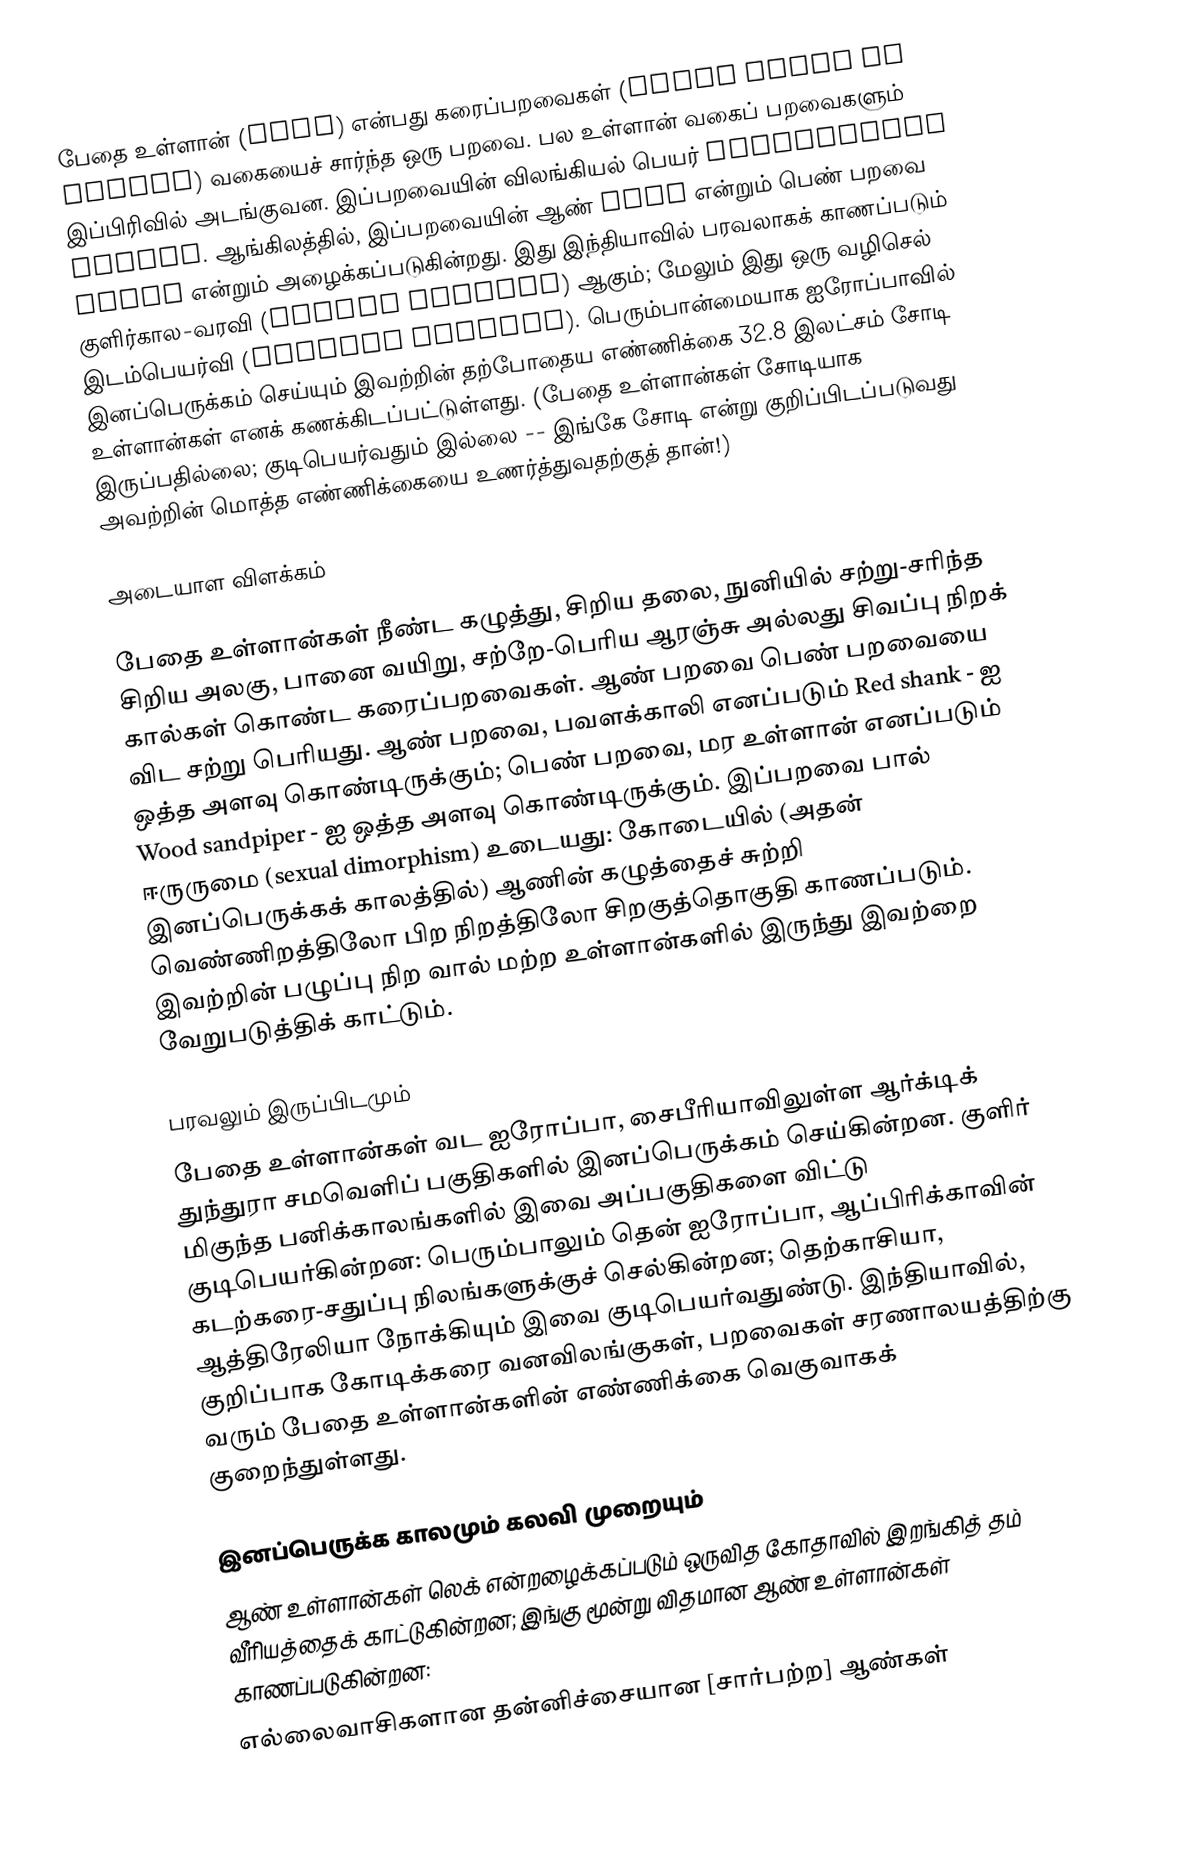
பேதை உள்ளான் (Ruff) என்பது கரைப்பறவைகள் (shore birds or waders) வகையைச் சார்ந்த ஒரு பறவை. பல உள்ளான் வகைப் பறவைகளும் இப்பிரிவில் அடங்குவன. இப்பறவையின் விலங்கியல் பெயர் Philomachus pugnax. ஆங்கிலத்தில், இப்பறவையின் ஆண் Ruff என்றும் பெண் பறவை Reeve என்றும் அழைக்கப்படுகின்றது. இது இந்தியாவில் பரவலாகக் காணப்படும் குளிர்கால-வரவி (winter visitor) ஆகும்; மேலும் இது ஒரு வழிசெல் இடம்பெயர்வி (passage migrant). பெரும்பான்மையாக ஐரோப்பாவில் இனப்பெருக்கம் செய்யும் இவற்றின் தற்போதைய எண்ணிக்கை 32.8 இலட்சம் சோடி உள்ளான்கள் எனக் கணக்கிடப்பட்டுள்ளது. (பேதை உள்ளான்கள் சோடியாக இருப்பதில்லை; குடிபெயர்வதும் இல்லை -- இங்கே சோடி என்று குறிப்பிடப்படுவது அவற்றின் மொத்த எண்ணிக்கையை உணர்த்துவதற்குத் தான்!)

அடையாள விளக்கம்

பேதை உள்ளான்கள் நீண்ட கழுத்து, சிறிய தலை, நுனியில் சற்று-சரிந்த சிறிய அலகு,  பானை வயிறு, சற்றே-பெரிய ஆரஞ்சு அல்லது சிவப்பு நிறக் கால்கள் கொண்ட கரைப்பறவைகள். ஆண் பறவை பெண் பறவையை விட சற்று பெரியது. ஆண் பறவை, பவளக்காலி எனப்படும் Red shank - ஐ ஒத்த அளவு கொண்டிருக்கும்; பெண் பறவை, மர உள்ளான் எனப்படும் Wood sandpiper - ஐ ஒத்த அளவு கொண்டிருக்கும். இப்பறவை பால் ஈருருமை (sexual dimorphism) உடையது: கோடையில் (அதன் இனப்பெருக்கக் காலத்தில்) ஆணின் கழுத்தைச் சுற்றி வெண்ணிறத்திலோ பிற நிறத்திலோ சிறகுத்தொகுதி காணப்படும். இவற்றின் பழுப்பு நிற வால் மற்ற உள்ளான்களில் இருந்து இவற்றை வேறுபடுத்திக் காட்டும்.

பரவலும் இருப்பிடமும்
பேதை உள்ளான்கள் வட ஐரோப்பா, சைபீரியாவிலுள்ள ஆர்க்டிக் துந்துரா சமவெளிப் பகுதிகளில் இனப்பெருக்கம் செய்கின்றன. குளிர் மிகுந்த பனிக்காலங்களில் இவை அப்பகுதிகளை விட்டு குடிபெயர்கின்றன: பெரும்பாலும் தென் ஐரோப்பா, ஆப்பிரிக்காவின் கடற்கரை-சதுப்பு நிலங்களுக்குச் செல்கின்றன; தெற்காசியா, ஆத்திரேலியா நோக்கியும் இவை குடிபெயர்வதுண்டு. இந்தியாவில், குறிப்பாக கோடிக்கரை வனவிலங்குகள், பறவைகள் சரணாலயத்திற்கு வரும் பேதை உள்ளான்களின் எண்ணிக்கை வெகுவாகக் குறைந்துள்ளது.

இனப்பெருக்க காலமும் கலவி முறையும்
ஆண் உள்ளான்கள் லெக்  என்றழைக்கப்படும் ஒருவித கோதாவில் இறங்கித் தம் வீரியத்தைக் காட்டுகின்றன; இங்கு மூன்று விதமான ஆண் உள்ளான்கள் காணப்படுகின்றன:
 எல்லைவாசிகளான தன்னிச்சையான [சார்பற்ற] ஆண்கள்